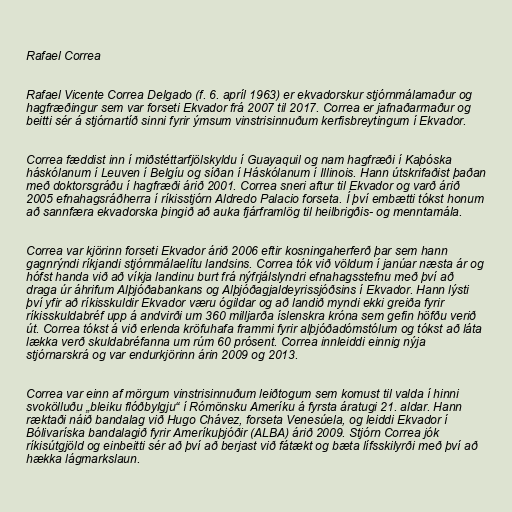
Rafael Correa

Rafael Vicente Correa Delgado (f. 6. apríl 1963) er ekvadorskur stjórnmálamaður og
hagfræðingur sem var forseti Ekvador frá 2007 til 2017. Correa er jafnaðarmaður og
beitti sér á stjórnartíð sinni fyrir ýmsum vinstrisinnuðum kerfisbreytingum í Ekvador.

Correa fæddist inn í miðstéttarfjölskyldu í Guayaquil og nam hagfræði í Kaþóska
háskólanum í Leuven í Belgíu og síðan í Háskólanum í Illinois. Hann útskrifaðist þaðan
með doktorsgráðu í hagfræði árið 2001. Correa sneri aftur til Ekvador og varð árið
2005 efnahagsráðherra í ríkisstjórn Aldredo Palacio forseta. Í því embætti tókst honum
að sannfæra ekvadorska þingið að auka fjárframlög til heilbrigðis- og menntamála.

Correa var kjörinn forseti Ekvador árið 2006 eftir kosningaherferð þar sem hann
gagnrýndi ríkjandi stjórnmálaelítu landsins. Correa tók við völdum í janúar næsta ár og
hófst handa við að víkja landinu burt frá nýfrjálslyndri efnahagsstefnu með því að
draga úr áhrifum Alþjóðabankans og Alþjóðagjaldeyrissjóðsins í Ekvador. Hann lýsti
því yfir að ríkisskuldir Ekvador væru ógildar og að landið myndi ekki greiða fyrir
ríkisskuldabréf upp á andvirði um 360 milljarða íslenskra króna sem gefin höfðu verið
út. Correa tókst á við erlenda kröfuhafa frammi fyrir alþjóðadómstólum og tókst að láta
lækka verð skuldabréfanna um rúm 60 prósent. Correa innleiddi einnig nýja
stjórnarskrá og var endurkjörinn árin 2009 og 2013.

Correa var einn af mörgum vinstrisinnuðum leiðtogum sem komust til valda í hinni
svokölluðu „bleiku flóðbylgju“ í Rómönsku Ameríku á fyrsta áratugi 21. aldar. Hann
ræktaði náið bandalag við Hugo Chávez, forseta Venesúela, og leiddi Ekvador í
Bólivaríska bandalagið fyrir Ameríkuþjóðir (ALBA) árið 2009. Stjórn Correa jók
ríkisútgjöld og einbeitti sér að því að berjast við fátækt og bæta lífsskilyrði með því að
hækka lágmarkslaun.